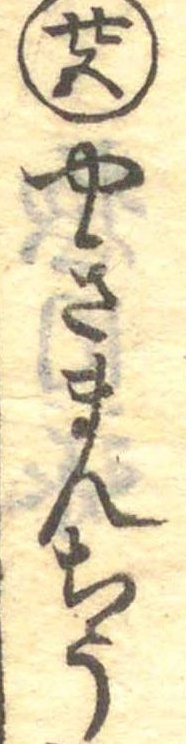
廿五やきまんちう